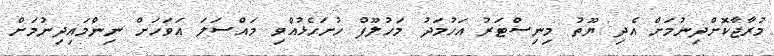
މުރާޖާކޮށްދިނުމަށް އެދި ޔޫތު މިނިސްޓަރު އަހުމަދު މަހުލޫފް ހުށަހެޅުއްވި މައްސަލަ އަވަހަށް ނިންމައިދިނުމަށް